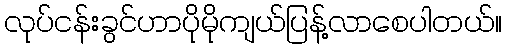
လုပ်ငန်းခွင်ဟာပိုမိုကျယ်ပြန့်လာစေပါတယ်။